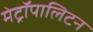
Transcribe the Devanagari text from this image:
मेट्रॉपालिटन